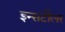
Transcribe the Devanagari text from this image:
इन्सटौलर